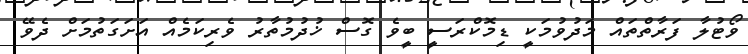
ވޯޓުލާ ފަރާތްތައް މަދުވުމަކީ ޑިމޮކްރަސީ ބީވެ ގޮސް ޚުދުމުތާރު ވެރިކަމެއް އަށަގަތުމަށް ދެވޭ